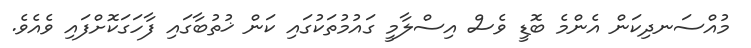
މުއްސަނދިކަން އެންމެ ބޮޑީ ވެސް އިސްލާމީ ގައުމުތަކުގައި ކަން ޚުތުބާގައި ފާހަގަކޮށްފައި ވެއެވެ.